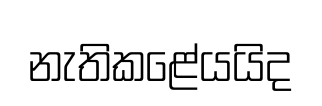
නැතිකළේයයිද